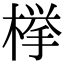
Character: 﨔